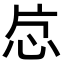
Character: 𬌔